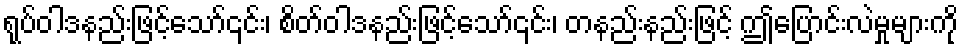
ရုပ်ဝါဒနည်းဖြင့်သော်၎င်း၊ စိတ်ဝါဒနည်းဖြင့်သော်၎င်း၊ တနည်းနည်းဖြင့် ဤပြောင်းလဲမှုများကို